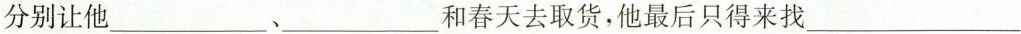
分别让他___﹑___和春天去取货，他最后只得来找___